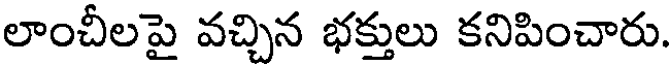
లాంచీలపై వచ్చిన భక్తులు కనిపించారు.